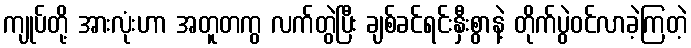
ကျုပ်တို့ အားလုံးဟာ အတူတကွ လက်တွဲပြီး ချစ်ခင်ရင်းနှီးစွာနဲ့ တိုက်ပွဲဝင်လာခဲ့ကြတဲ့